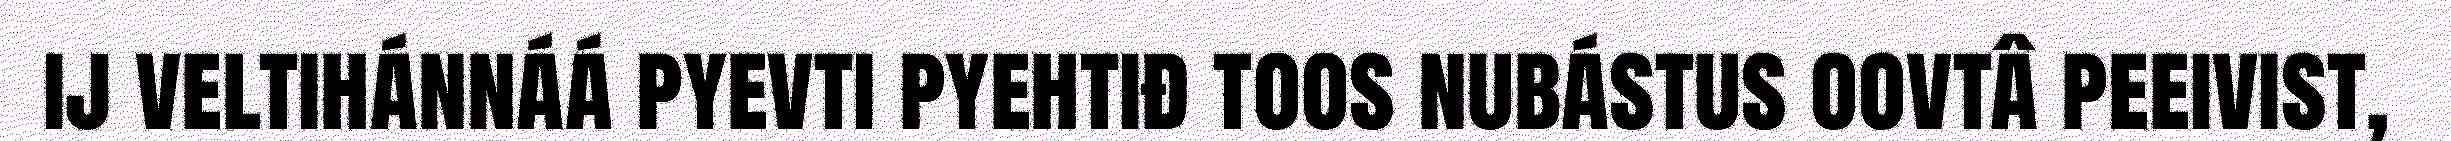
ij veltihánnáá pyevti pyehtiđ toos nubástus oovtâ peeivist,